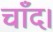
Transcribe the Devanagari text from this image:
चाँद।